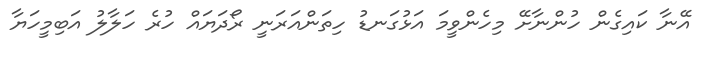
އޭނާ ކައިގެން ހުންނާށޭ މިހެންވީމަ އަޅުގަނޑު ހިތަންއަރަނީ ރޯދަޔައް ހުރެ ހަލާލު އަބިމީހަޔާ